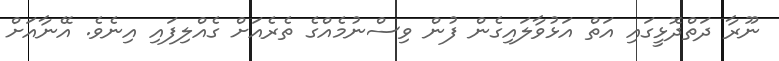
ނޫރާ ދަތްދޮޅީގައި އަތް އަޅުވާލައިގެން ފުން ވިސްނުމެއްގެ ތެރެއަށް ގެއްލިފައި އިނެވެ. އޭނާއަށް